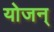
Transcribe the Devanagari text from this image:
योजन्